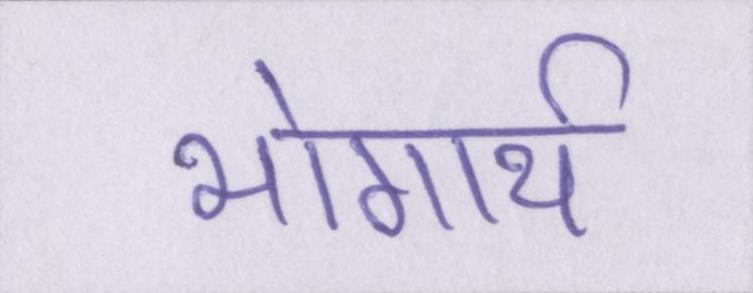
भोगार्थ